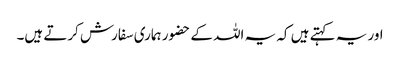
اور یہ کہتے ہیں کہ یہ اللہ کے حضور ہماری سفارش کرتے ہیں۔